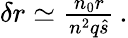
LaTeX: \begin{array}{r}{\delta r\simeq\frac{n_{0}r}{n^{2}q\hat{s}}\, .}\end{array}